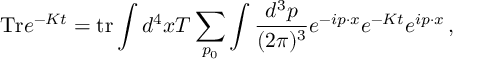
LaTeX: \mathrm { T r } e ^ { - K t } = \mathrm { t r } \int d ^ { 4 } x T \sum _ { p _ { 0 } } \int \frac { d ^ { 3 } p } { ( 2 \pi ) ^ { 3 } } e ^ { - i p \cdot x } e ^ { - K t } e ^ { i p \cdot x } \, ,